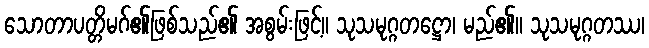
သောတာပတ္တိမဂ်၏ဖြစ်သည်၏ အစွမ်းဖြင့်။ သုသမုဂ္ဂတဋ္ဌော၊ မည်၏။ သုသမုဂ္ဂတဿ၊